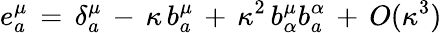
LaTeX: e_{a}^{\mu}\, =\, \delta_{a}^{\mu}\, -\, \kappa\, b_{a}^{\mu}\, +\, \kappa^{2}\, b_{\alpha}^{\mu}b_{a}^{\alpha}\, +\, O(\kappa^{3})